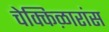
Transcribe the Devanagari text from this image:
चेक्किऴारांस